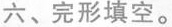
六、完形填空.